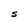
Character: S